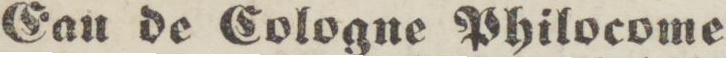
Eau de Cologne Philocome